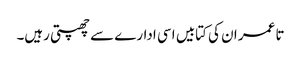
تا عمر ان کی کتابیں اسی ادارے سے چھپتی رہیں۔